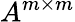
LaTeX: A^{m\times m}